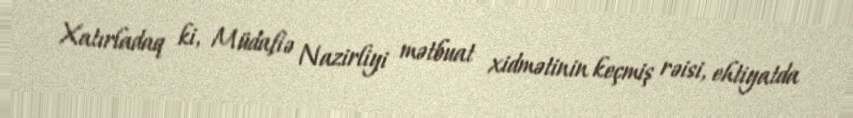
Xatırladaq ki, Müdafiə Nazirliyi mətbuat xidmətinin keçmiş rəisi, ehtiyatda